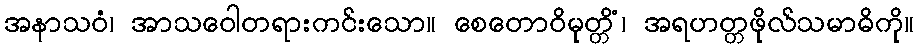
အနာသဝံ၊ အာသဝေါတရားကင်းသော။ စေတောဝိမုတ္တိံ၊ အရဟတ္တဖိုလ်သမာဓိကို။